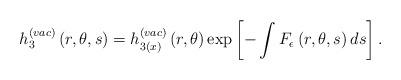
LaTeX: \begin{align*}h_3^{(vac)}\left( r,\theta ,s\right) =h_{3(x)}^{(vac)}\left( r,\theta\right) \exp \left[ -\int F_\epsilon \left( r,\theta ,s\right) ds\right] .\end{align*}